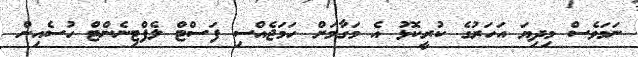
ނަމަވެސް މިދިޔަ އަހަރުގެ ކުރީކޮޅު އެ މަގާމަށް ހަމަޖެއްސި ފަސްޓް ލެފްޓިނެންޓް ހުސެއިން